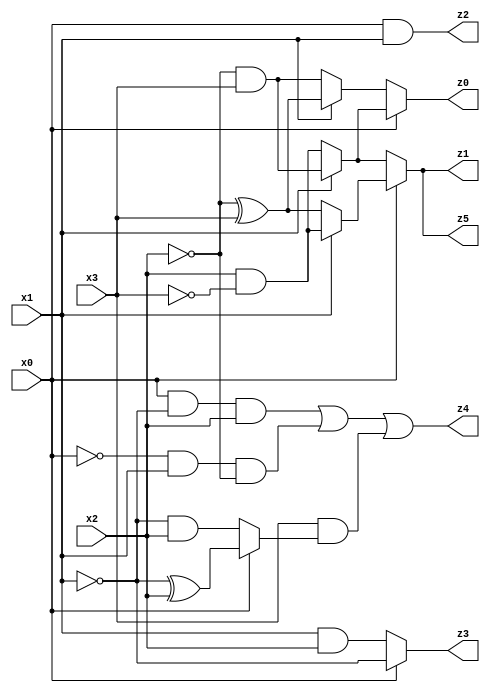
// Benchmark "X_67" written by ABC on Thu Jun 29 18:38:43 2023

module X_67 ( 
    x0, x1, x2, x3,
    z0, z1, z2, z3, z4, z5  );
  input  x0, x1, x2, x3;
  output z0, z1, z2, z3, z4, z5;
  assign z0 = x0 ? (x1 ? (~x2 & x3) : (x2 & ~x3)) : (x1 ? (~x2 ^ x3) : (~x2 & x3));
  assign z1 = x0 ? (x1 ? (x2 & ~x3) : (~x2 ^ x3)) : (x1 ? (~x2 & x3) : (x2 & ~x3));
  assign z2 = x0 & x1;
  assign z3 = x0 ? ~x1 : (x1 & x2);
  assign z4 = (x0 & ~x1 & x2) | (~x0 & x1 & ~x2) | (x3 & (x0 ? (~x1 ^ x2) : (~x1 & x2)));
  assign z5 = x0 ? (x1 ? (x2 & ~x3) : (~x2 ^ x3)) : (x1 ? (~x2 & x3) : (x2 & ~x3));
endmodule